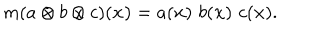
m ( a \otimes b \otimes c ) { ( { \bf x ) } } = a ( { \bf x } ) \, \, b ( { \bf x } ) \, \, c ( { \bf x } ) .